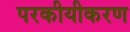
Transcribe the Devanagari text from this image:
परकीयीकरण